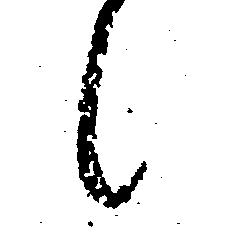
候